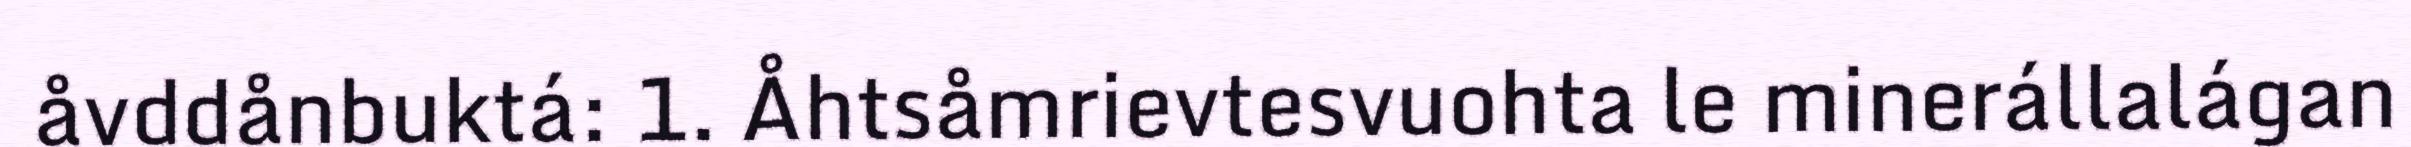
åvddånbuktá: 1. Åhtsåmrievtesvuohta le minerállalágan